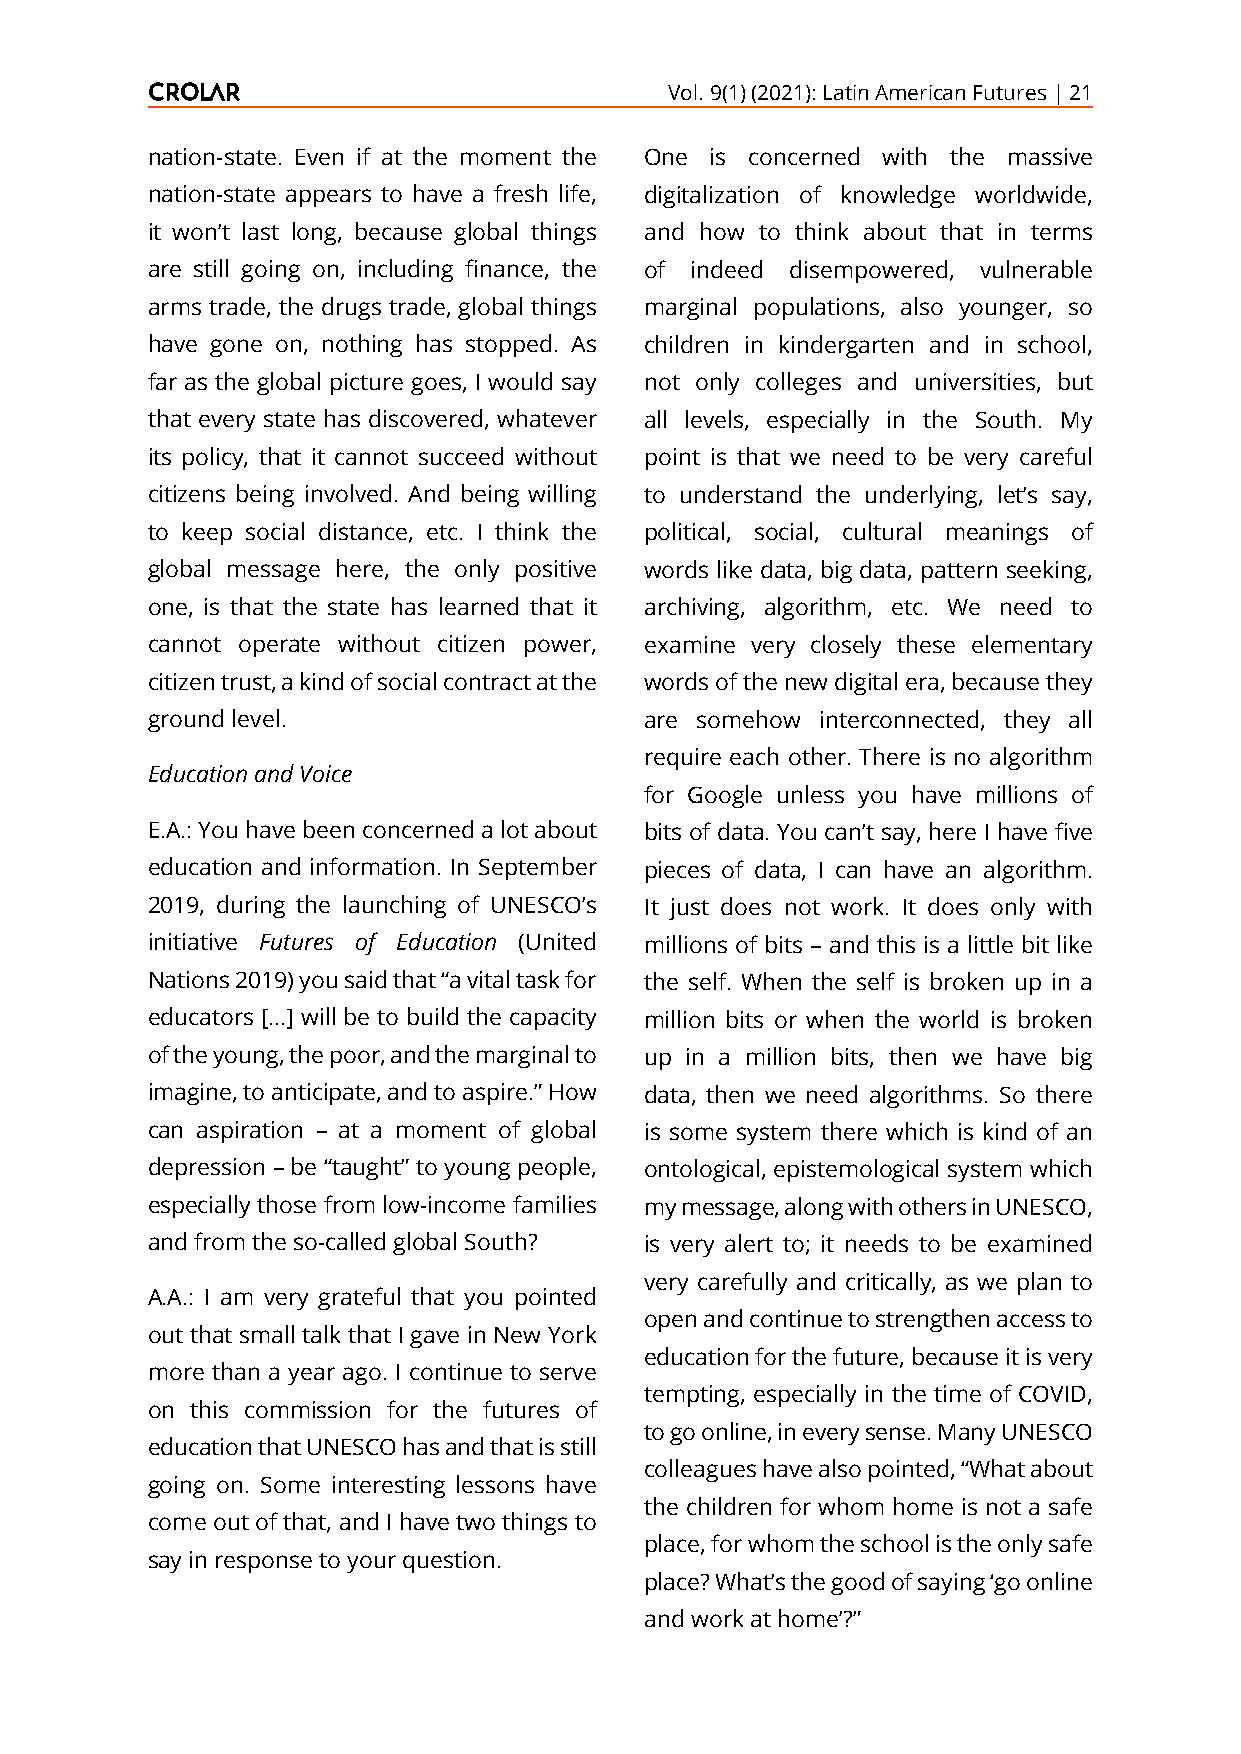
Vol. 9(1) (2021): Latin American Futures | 21
 nation-state. Even if at the moment the One is concerned with the massive
 nation-state appears to have a fresh life, digitalization of knowledge worldwide,
 it won’t last long, because global things and how to think about that in terms
 are still going on, including finance, the of indeed disempowered, vulnerable
 arms trade, the drugs trade, global things marginal populations, also younger, so
 have gone on, nothing has stopped. As children in kindergarten and in school,
 far as the global picture goes, I would say not only colleges and universities, but
 that every state has discovered, whatever all levels, especially in the South. My
 its policy, that it cannot succeed without point is that we need to be very careful
 citizens being involved. And being willing to understand the underlying, let’s say,
 to keep social distance, etc. I think the political, social, cultural meanings of
 global message here, the only positive words like data, big data, pattern seeking,
 one, is that the state has learned that it archiving, algorithm, etc. We need to
 cannot operate without citizen power, examine very closely these elementary
 citizen trust, a kind of social contract at the words of the new digital era, because they
 ground level.                    are somehow interconnected, they all
 require each other. There is no algorithm
 Education and Voice
 for Google unless you have millions of
 E.A.: You have been concerned a lot about bits of data. You can’t say, here I have five
 education and information. In September pieces of data, I can have an algorithm.
 2019, during the launching of UNESCO’s It just does not work. It does only with
 initiative Futures of Education (United millions of bits – and this is a little bit like
 Nations 2019) you said that “a vital task for the self. When the self is broken up in a
 educators [...] will be to build the capacity million bits or when the world is broken
 of the young, the poor, and the marginal to up in a million bits, then we have big
 imagine, to anticipate, and to aspire.” How data, then we need algorithms. So there
 can aspiration – at a moment of global is some system there which is kind of an
 depression – be “taught” to young people, ontological, epistemological system which
 especially those from low-income families my message, along with others in UNESCO,
 and from the so-called global South? is very alert to; it needs to be examined
 very carefully and critically, as we plan to
 A.A.: I am very grateful that you pointed
 open and continue to strengthen access to
 out that small talk that I gave in New York
 education for the future, because it is very
 more than a year ago. I continue to serve
 tempting, especially in the time of COVID,
 on this commission for the futures of
 to go online, in every sense. Many UNESCO
 education that UNESCO has and that is still
 colleagues have also pointed, “What about
 going on. Some interesting lessons have
 the children for whom home is not a safe
 come out of that, and I have two things to
 place, for whom the school is the only safe
 say in response to your question.
 place? What’s the good of saying ‘go online
 and work at home’?”